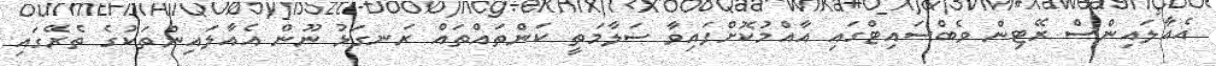
އެއާލައިންސް ރޭޓިން ވެބްސައިޓްގައި އާއްމުކޮށްފައިވާ ސަލާމަތީ ކަންތައްތައް ރަނގަޅު ނޫން އެއާލައިންތަކުގެ ތެރޭގައި